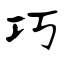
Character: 巧